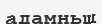
адамньщ